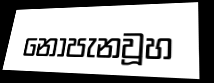
නොපැනවූහ